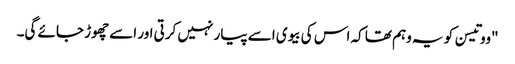
"ووتیسن کو یہ وہم تھا کہ اس کی بیوی اسے پیار نہیں کرتی اور اسے چھوڑ جائے گی۔